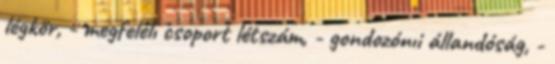
légkör, - megfelelı csoport létszám, - gondozónıi állandóság, -